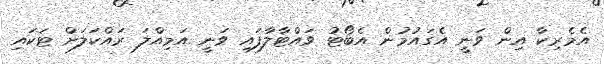
އެމެރިކާ އިން ވަނީ އެގައުމުން އެބޯޓު ވައްޓާލާފައި ވަނީ އަމިއްލަ ރައްކަލަށް ޓަކައި